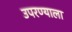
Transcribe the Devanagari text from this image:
उपरण्याला